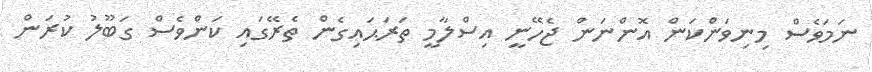
ނަމަވެސް މިނިވަންކަން އޮންނަން ޖެހޭނީ އިސްލާމީ ތަރަޙައިގެން ތެރޭގައި ކަންވެސް ގަބޫލު ކުރަން